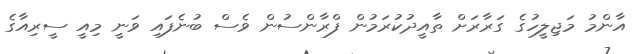
އާންމު މަޖިލީހުގެ ގަރާރަށް ތާއީދުކުރަމުން ފްރާންސުން ވެސް ބުނެފައި ވަނީ މިއީ ސީރިއާގެ